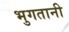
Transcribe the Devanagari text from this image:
भुगतानी